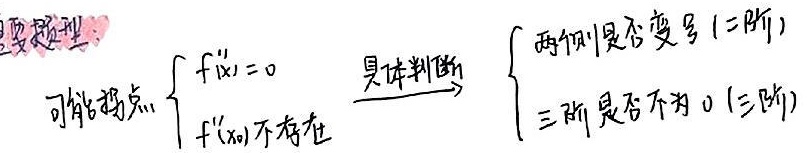
重要题型：可能拐点
\[
\begin{cases}
f''(x)=0 \\
f''(x_0)\text{ 不存在}
\end{cases}
\]
具体判断
\[
\begin{cases}
\text{两侧}f''\text{是否变号 (二阶)} \\
\text{三阶是否不为 } 0\text{ (三阶)}
\end{cases}
\]